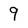
Character: 9